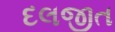
દલજીત